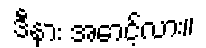
ဒီနား အောင့်လား။